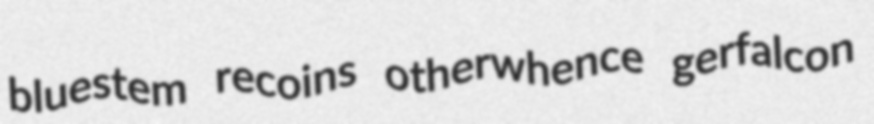
bluestem recoins otherwhence gerfalcon